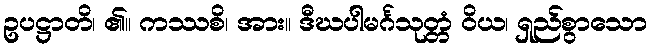
ဥပဋ္ဌာတိ၊ ၏။ ကဿစိ၊ အား။ ဒီဃပါမင်္ဂသုတ္တံ ဝိယ၊ ရှည်စွာသော